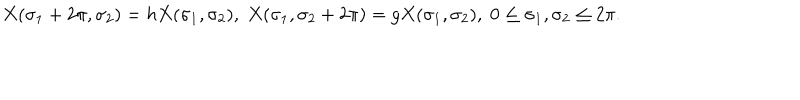
LaTeX: X ( \sigma _ { 1 } + 2 \pi , \sigma _ { 2 } ) = h X ( \sigma _ { 1 } , \sigma _ { 2 } ) , \; X ( \sigma _ { 1 } , \sigma _ { 2 } + 2 \pi ) = g X ( \sigma _ { 1 } , \sigma _ { 2 } ) , \; 0 \leq \sigma _ { 1 } , \sigma _ { 2 } \leq 2 \pi .